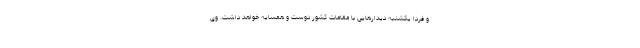
و فردا یکشنبه دیدارهایی با مقامات کشور دوست و همسایه خواهد داشت. وی